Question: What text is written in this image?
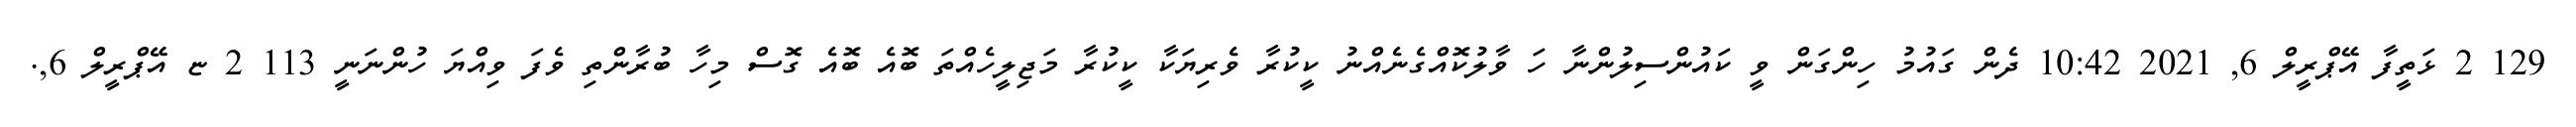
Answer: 129 2 ޅަތީފާ އޭޕްރީލް 6, 2021 10:42 ދެން ގައުމު ހިންގަން ވީ ކައުންސިލުންނާ ހަ ވާލުކޮއްގެނެއްނު ކީކުރާ ވެރިޔަކާ ކީކުރާ މަޖިލީހެއްތަ ބޮއެ ބޮއެ ގޮސް މިހާ ބުރާންތި ވެފަ ވިއްޔަ ހުންނަނީ 113 2 ޏ އޭޕްރީލް 6,.